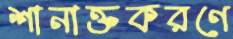
শানাক্তকরণে